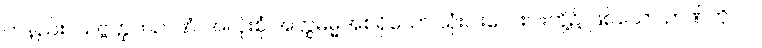
တနည်း။ သဗ္ဗတ္ထကဉာဏံ၊ အလုံးစုံ အတ္ထဓမ္မအစရှိသော သုံးပါးလေးပါးတို့၌ ဖြစ်သော ဉာဏ်ကို။ ဝါ၊